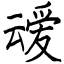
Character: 叆